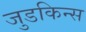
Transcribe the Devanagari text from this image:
जुडकिन्स